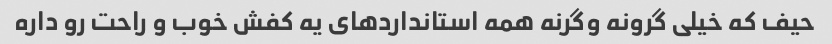
حیف که خیلی گرونه وگرنه همه استانداردهای یه کفش خوب و راحت رو داره